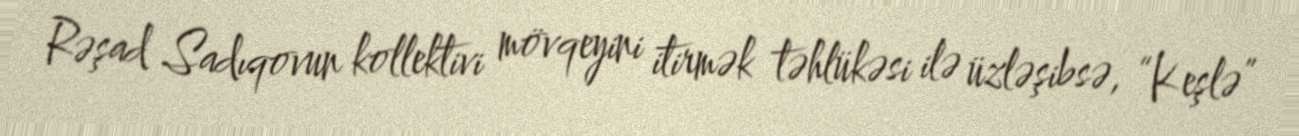
Rəşad Sadıqovun kollektivi mövqeyini itirmək təhlükəsi ilə üzləşibsə, “Keşlə”